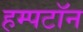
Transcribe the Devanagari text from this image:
हम्पटॉन